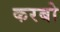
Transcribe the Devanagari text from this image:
करबो